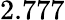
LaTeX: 2.777